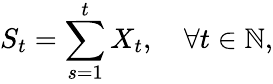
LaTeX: S_{t}=\sum_{s=1}^{t}X_{t},\quad\forall t\in\mathbb{N},